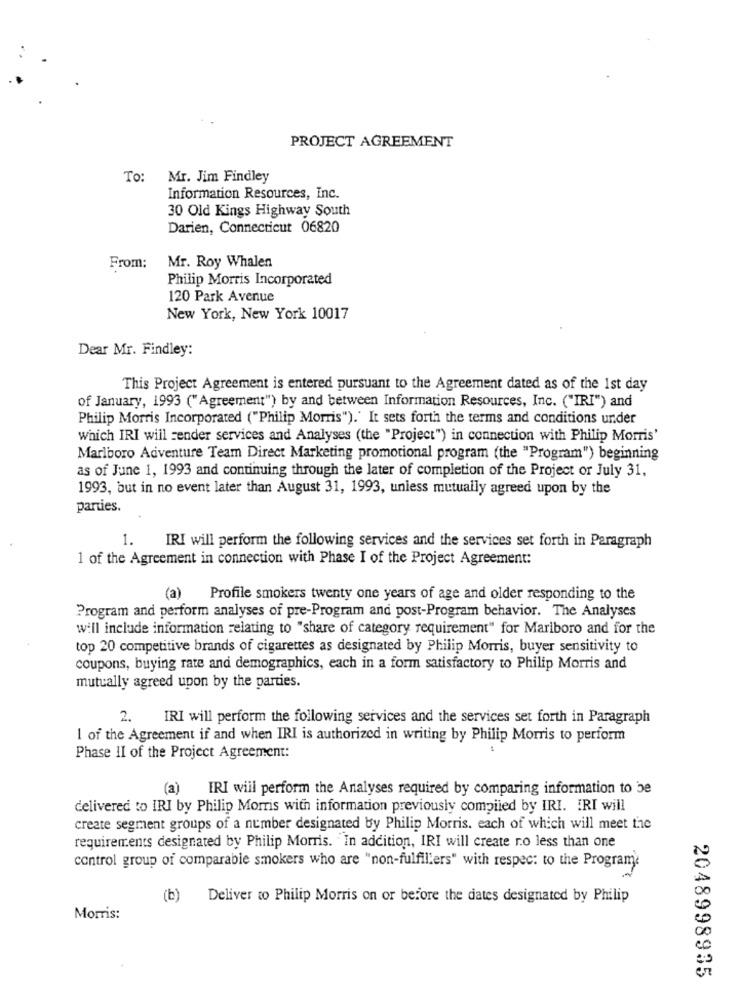
PROJECT AGREEMENT
To: Mr. Jim Findley
Information Resources, Inc.
30 Old Kings Highway South
Darien, Connecticut 06820
From:
Mr. Roy Whalen
Philip Morris Incorporated
120 Park Avenue
New York, New York 10017
Dear Mr. Findley:
This Project Agreement is entered pursuant to the Agreement dated as of the 1st day
of January, 1993 ("Agreement") by and between Information Resources, Inc. ("IRI") and
Philip Morris Incorporated ("Philip Morris").' It sets forth the terms and conditions under
which IRI will sender services and Analyses (the "Project") in connection with Philip Morris'
Marlboro Adventure Team Direct Marketing promotional program (the "Program") beginning
as of June 1, 1993 and continuing through the later of completion of the Project or July 31.
1993, but in no event later than August 31, 1993, unless mutually agreed upon by the
parties.
1.
IRI will perform the following services and the services set forth in Paragraph
1 of the Agreement in connection with Phase I of the Project Agreement:
(a) Profile smokers twenty one years of age and older responding to the
Program and perform analyses of pre-Program and post-Program behavior. The Analyses
will include information relating to "share of category requirement" for Marlboro and for the
top 20 competitive brands of cigarettes as designated by Philip Morris, buyer sensitivity to
coupons, buying rate and demographics, each in a form satisfactory to Philip Morris and
mutually agreed upon by the parties.
2.
IRI will perform the following services and the services set forth in Paragraph
I of the Agreement if and when IRI is authorized in writing by Philip Morris to perform
Phase II of the Project Agreement:
(a)
IRI will perform the Analyses required by comparing information to be
delivered to IRI by Philip Morris with information previously compiled by IRI. IRI will
create segment groups of a number designated by Philip Morris. each of which will meet the
requirements designated by Philip Morris. In addition, IRI will create ro less than one
control group of comparable smokers who are "non-fulfillers" with respec: to the Programe
(b) Deliver to Philip Morris on or before the dates designated by Philip
Morris:
2048998935